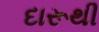
દારૂથી